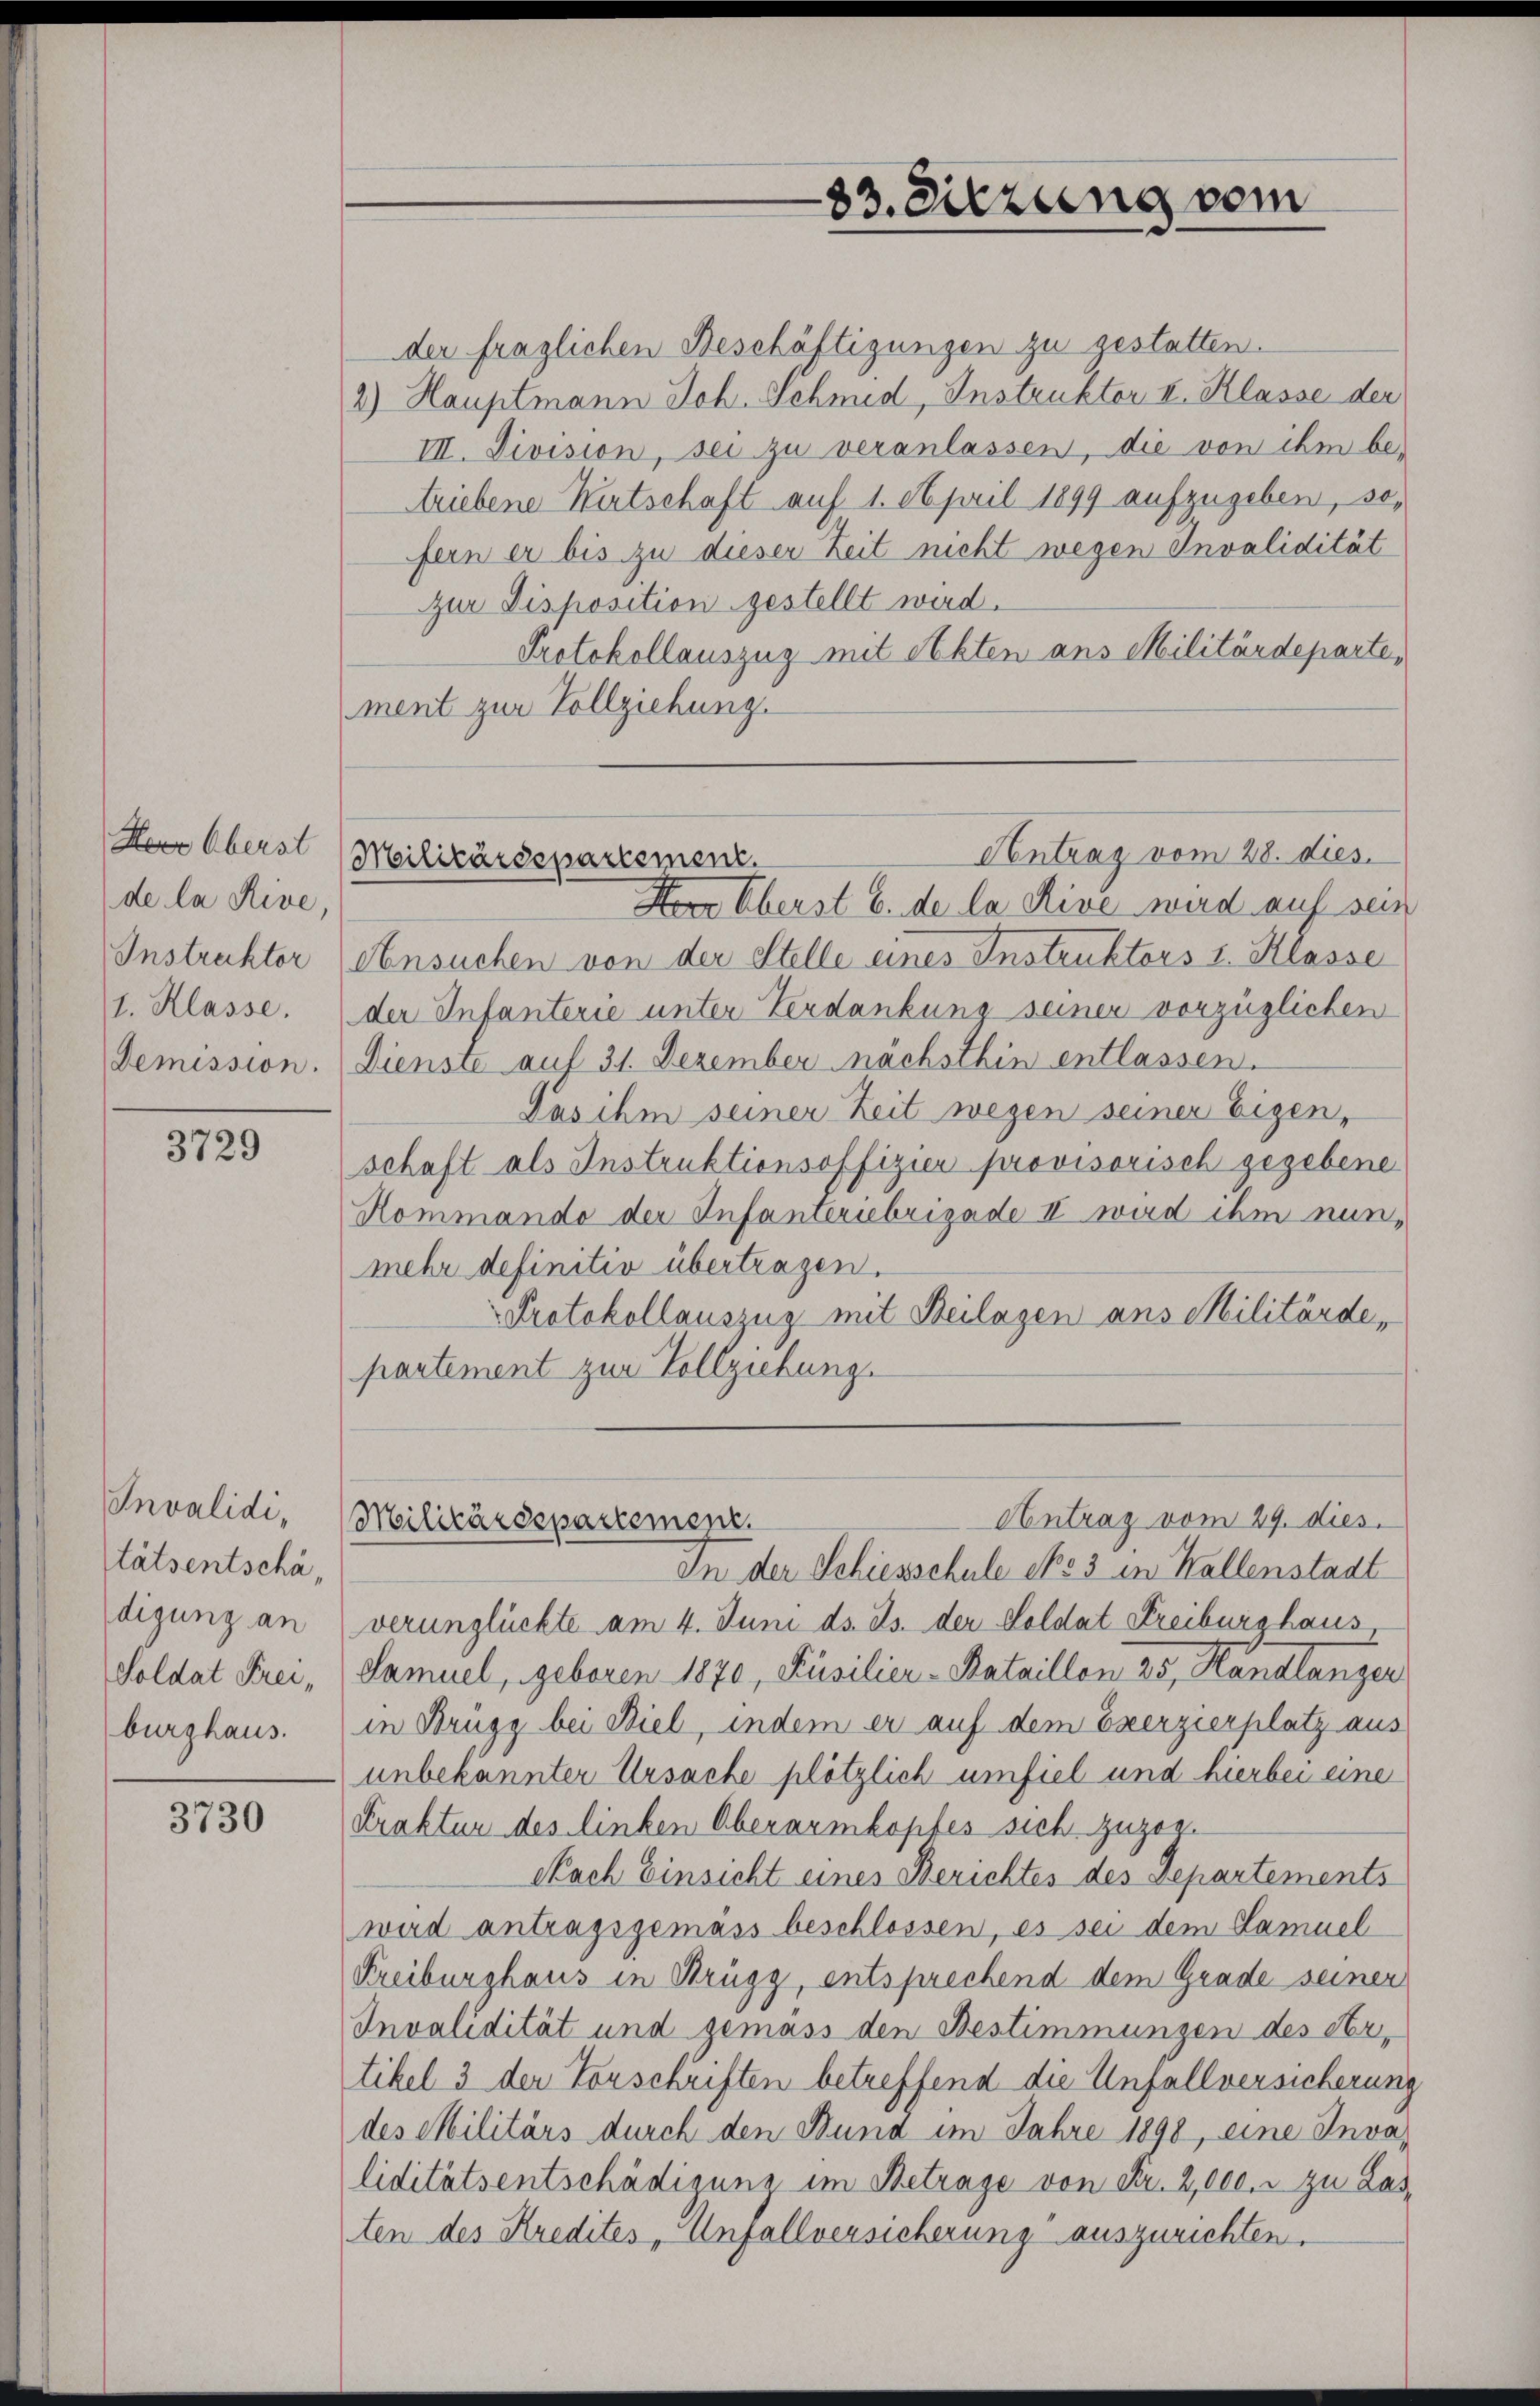
Herr Oberst
de la Rive,

3729

Invalidi,
tätsentschä
digung an
Soldat Frei,
burghaus.

3730

der fraglichen Beschäftigungen zu gestatten.
2) Hauptmann Joh. Schmid, Instruktor II. Klasse der
III. Division, sei zu veranlassen, die von ihm be-
triebene Wirtschaft auf 1. April 1899 aufzugeben, sofern er bis zu dieser Zeit nicht wegen Invalidität
zur Disposition gestellt wird.
Protokollauszug mit Akten ans Militärdeparte,
ment zur Vollziehung.
Hon Oberst b. de la Rive wird auf sein
Instruktor (Ansuchen von der Stelle eines Instruktors I. Klasse
1. Klasse. (der Infanterie unter Verdankung seiner vorzüglichen
Demission. Dienste auf 31. Dezember nächsthin entlassen.
Das ihm seiner Zeit wegen seiner Eigen,
schaft als Instruktionsoffizier provisorisch gegebene
Kommando der Infanteriebrigade II wird ihm nun,
mehr definitiv übertragen.
Protokollauszug mit Beilagen ans Militärde,
partement zur Vollziehung.
Antrag vom 29. dies
Militärdepartement.
In der Schiesschule stos in Hallenstaat
verunglückte am 4. Juni ds. Js. der Soldat Freiburghaus
Samuel, geboren 1870, Füsilier-Bataillon 25. Handlanger
in Brügg bei Biel, indem er auf dem Exerzierplatz aus
unbekannter Ursache plötzlich umfiel und hierbei eine
Praktur des linken Oberarmkopfes sich zuzog.
Nach Einsicht eines Berichtes des Departements
wird antragsgemäss beschlossen, es sei dem Samuel
Freiburghaus in Brügg, entsprechend dem Grade seiner
Invalidität und gemäss den Bestimmungen des Hertikel 3 der Vorschriften betreffend die Unfallversicherung
des Militärs durch den Bund im Jahre 1898, eine Invaliditätsentschädigung im Betrage von Fr. 2,000. zu Ladten des Kredites „Unfallversicherung auszurichten.

33. Sitzung vom

Antrag vom 28. dies
Militärdepartement.